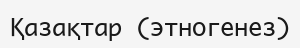
Қазақтар (этногенез)